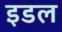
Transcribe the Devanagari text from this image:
इडल